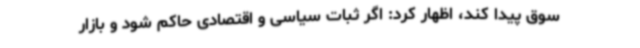
سوق پیدا کند، اظهار کرد: اگر ثبات سیاسی و اقتصادی حاکم شود و بازار